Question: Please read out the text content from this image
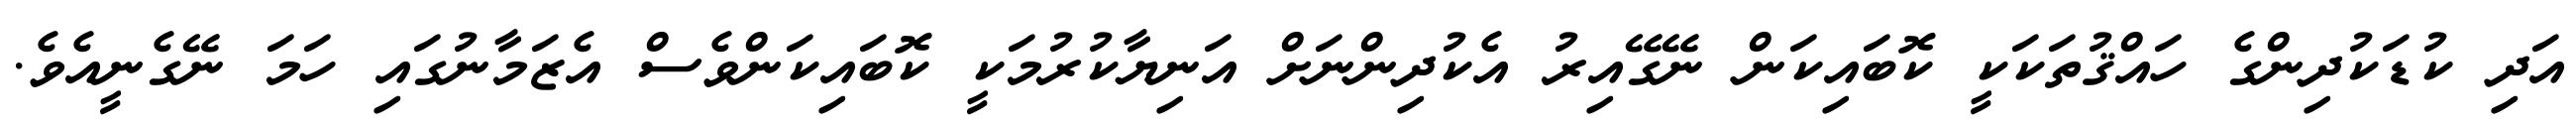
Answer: އަދި ކުޑަކުދިންގެ ހައްޤުތަކަކީ ކޮބައިކަން ނޭގޭއިރު އެކުދިންނަށް އަނިޔާކުރުމަކީ ކޮބައިކަންވެސް އެޒަމާނުގައި ހަމަ ނޭގެނީއެވެ.